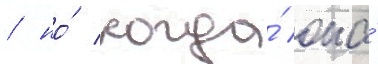
/ но́ когда́ она́